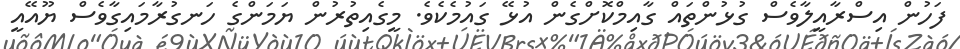
ފަހުން އިސްރާއީލާވެސް ގުޅުންތައް ގާއިމްކޮށްގެން އުޅޭ ގައުމެކެވެ. މީގެއިތުރުން ޔަމަންގެ ހަނގުރާމައިގާވެސް ޔޫއޭއީ